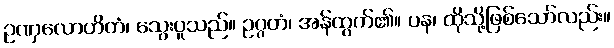
ဥဏှလောဟိတံ၊ သွေးပူသည်။ ဥဂ္ဂတံ၊ အန်ထွက်၏။ ပန၊ ထိုသို့ဖြစ်သော်လည်း။